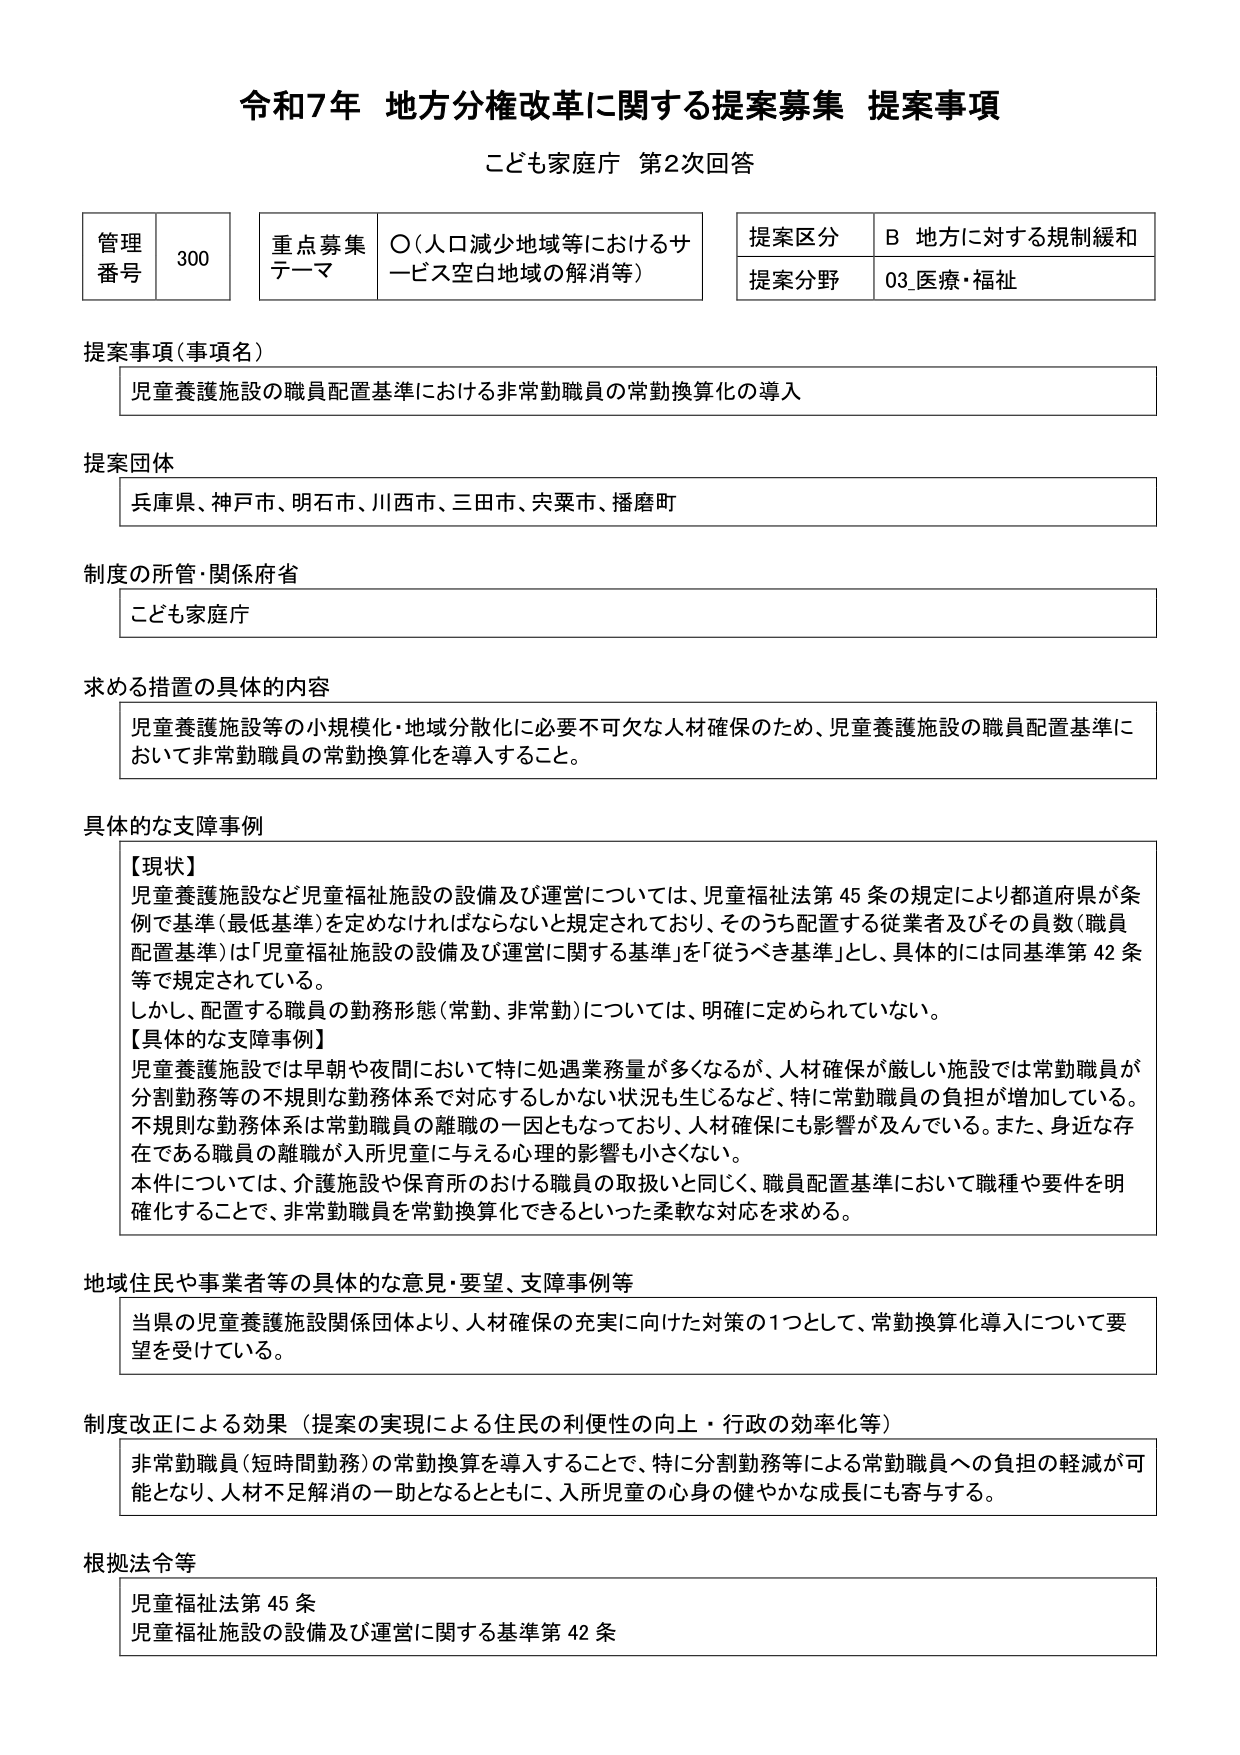
令和7年 地方分権改革に関する提案募集 提案事項
こども家庭庁 第2次回答

管理番号 300
重点募集テーマ ○（人口減少地域等におけるサービス空白地域の解消等）
提案区分 B 地方に対する規制緩和
提案分野 03_医療・福祉

提案事項（事項名）
児童養護施設の職員配置基準における非常勤職員の常勤換算化の導入

提案団体
兵庫県、神戸市、明石市、川西市、三田市、宍粟市、播磨町

制度の所管・関係府省
こども家庭庁

求める措置の具体的内容
児童養護施設等の小規模化・地域分散化に必要不可欠な人材確保のため、児童養護施設の職員配置基準において非常勤職員の常勤換算化を導入すること。

具体的な支障事例
【現状】
児童養護施設など児童福祉施設の設備及び運営については、児童福祉法第45条の規定により都道府県が条例で基準（最低基準）を定めなければならないと規定されており、そのうち配置する従業者及びその員数（職員配置基準）は「児童福祉施設の設備及び運営に関する基準」を「従うべき基準」とし、具体的には同基準第42条等で規定されている。
しかし、配置する職員の勤務形態（常勤、非常勤）については、明確に定められていない。
【具体的な支障事例】
児童養護施設では早朝や夜間において特に処遇業務量が多くなるが、人材確保が厳しい施設では常勤職員が分割勤務等の不規則な勤務体系で対応するしかない状況も生じるなど、特に常勤職員の負担が増加している。不規則な勤務体系は常勤職員の離職の一因ともなっており、人材確保にも影響が及んでいる。また、身近な存在である職員の離職が入所児童に与える心理的影響も小さくない。
本件については、介護施設や保育所における職員の取扱いと同じく、職員配置基準において職種や要件を明確化することで、非常勤職員を常勤換算化できるといった柔軟な対応を求める。

地域住民や事業者等の具体的な意見・要望、支障事例等
当県の児童養護施設関係団体より、人材確保の充実に向けた対策の1つとして、常勤換算化導入について要望を受けている。

制度改正による効果（提案の実現による住民の利便性の向上・行政の効率化等）
非常勤職員（短時間勤務）の常勤換算を導入することで、特に分割勤務等による常勤職員への負担の軽減が可能となり、人材不足解消の一助となるとともに、入所児童の心身の健やかな成長にも寄与する。

根拠法令等
児童福祉法第45条
児童福祉施設の設備及び運営に関する基準第42条